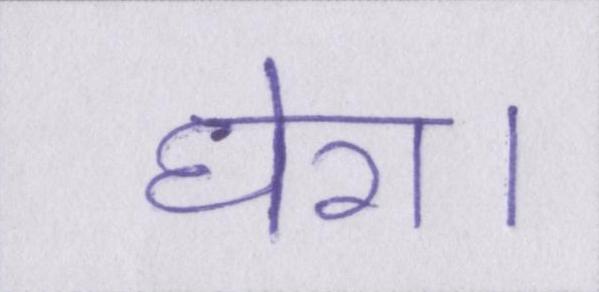
घेरा।